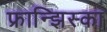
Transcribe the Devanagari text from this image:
फ्रान्झिस्का